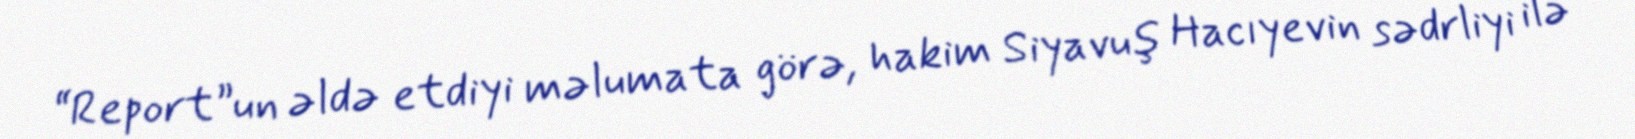
“Report”un əldə etdiyi məlumata görə, hakim Siyavuş Hacıyevin sədrliyi ilə